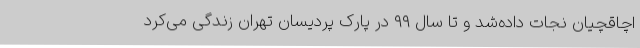
اچاقچیان نجات داده‌شد و تا سال ۹۹ در پارک پردیسان تهران زندگی می‌کرد